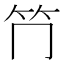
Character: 𥫚